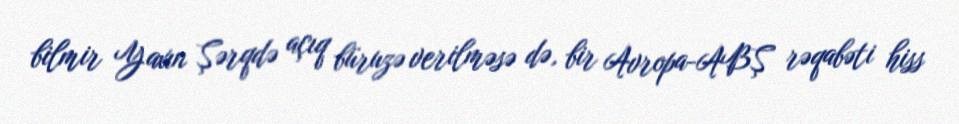
bilmir Yaxın Şərqdə açıq büruzə verilməsə də, bir Avropa-ABŞ rəqabəti hiss